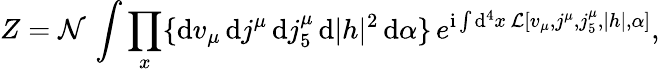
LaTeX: Z={\cal N}\, \int\prod_{x}\{ \mathrm{d}v_{\mu}\, \mathrm{d}j^{\mu}\, \mathrm{d}j_{5}^{\mu}\, \mathrm{d}|h|^{2}\, \mathrm{d}\alpha\} \, e^{\mathrm{i}\int\mathrm{d}^{4}x\, {\cal L}[v_{\mu},j^{\mu},j_{5}^{\mu},|h|,\alpha]},